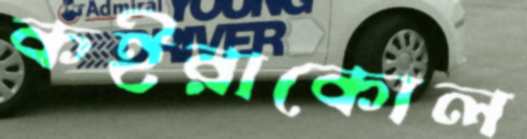
কইরাকোল